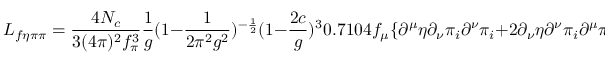
{ \cal L } _ { f \eta \pi \pi } = \frac { 4 N _ { c } } { 3 ( 4 \pi ) ^ { 2 } f _ { \pi } ^ { 3 } } { \frac { 1 } { g } } ( 1 - { \frac { 1 } { 2 \pi ^ { 2 } g ^ { 2 } } } ) ^ { - { \frac { 1 } { 2 } } } ( 1 - { \frac { 2 c } { g } } ) ^ { 3 } 0 . 7 1 0 4 f _ { \mu } \{ \partial ^ { \mu } \eta \partial _ { \nu } \pi _ { i } \partial ^ { \nu } \pi _ { i } + 2 \partial _ { \nu } \eta \partial ^ { \nu } \pi _ { i } \partial ^ { \mu } \pi _ { i } \} ,